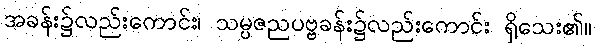
အခန်း၌လည်းကောင်း၊ သမ္ပဇညပဗ္ဗခန်း၌လည်းကောင်း ရှိသေး၏။